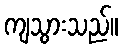
ကျသွားသည်။